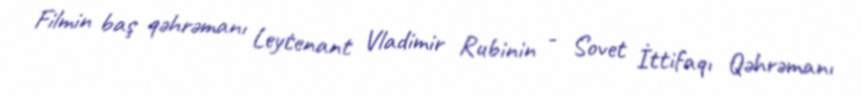
Filmin baş qəhrəmanı Leytenant Vladimir Rubinin - Sovet İttifaqı Qəhrəmanı